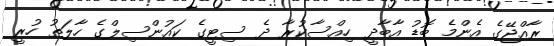
ރާއްޖޭގެ އެންމެ ބޮޑު އާބާދީ ހިއްސާކުރާ ދެ ސިޓީގެ ކައުންސިލްގެ ހާލަތު ހުރީ